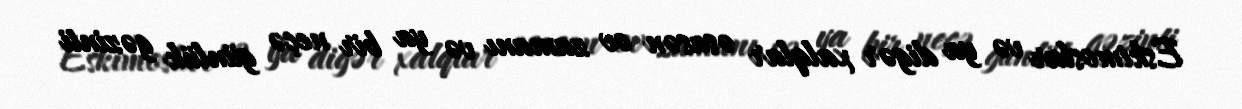
Eskimoslar və ya digər xalqlar əsasən ov zamanı və ya bir neçə günlük gəzinti